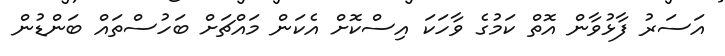
އަސަރު ފާޅުވާން އޮތް ކަމުގެ ވާހަކަ އިސްކޮށް އެކަން މައްޗަށް ބަހުސްތައް ބަންޑުން